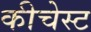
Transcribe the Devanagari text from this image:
कीचेस्ट